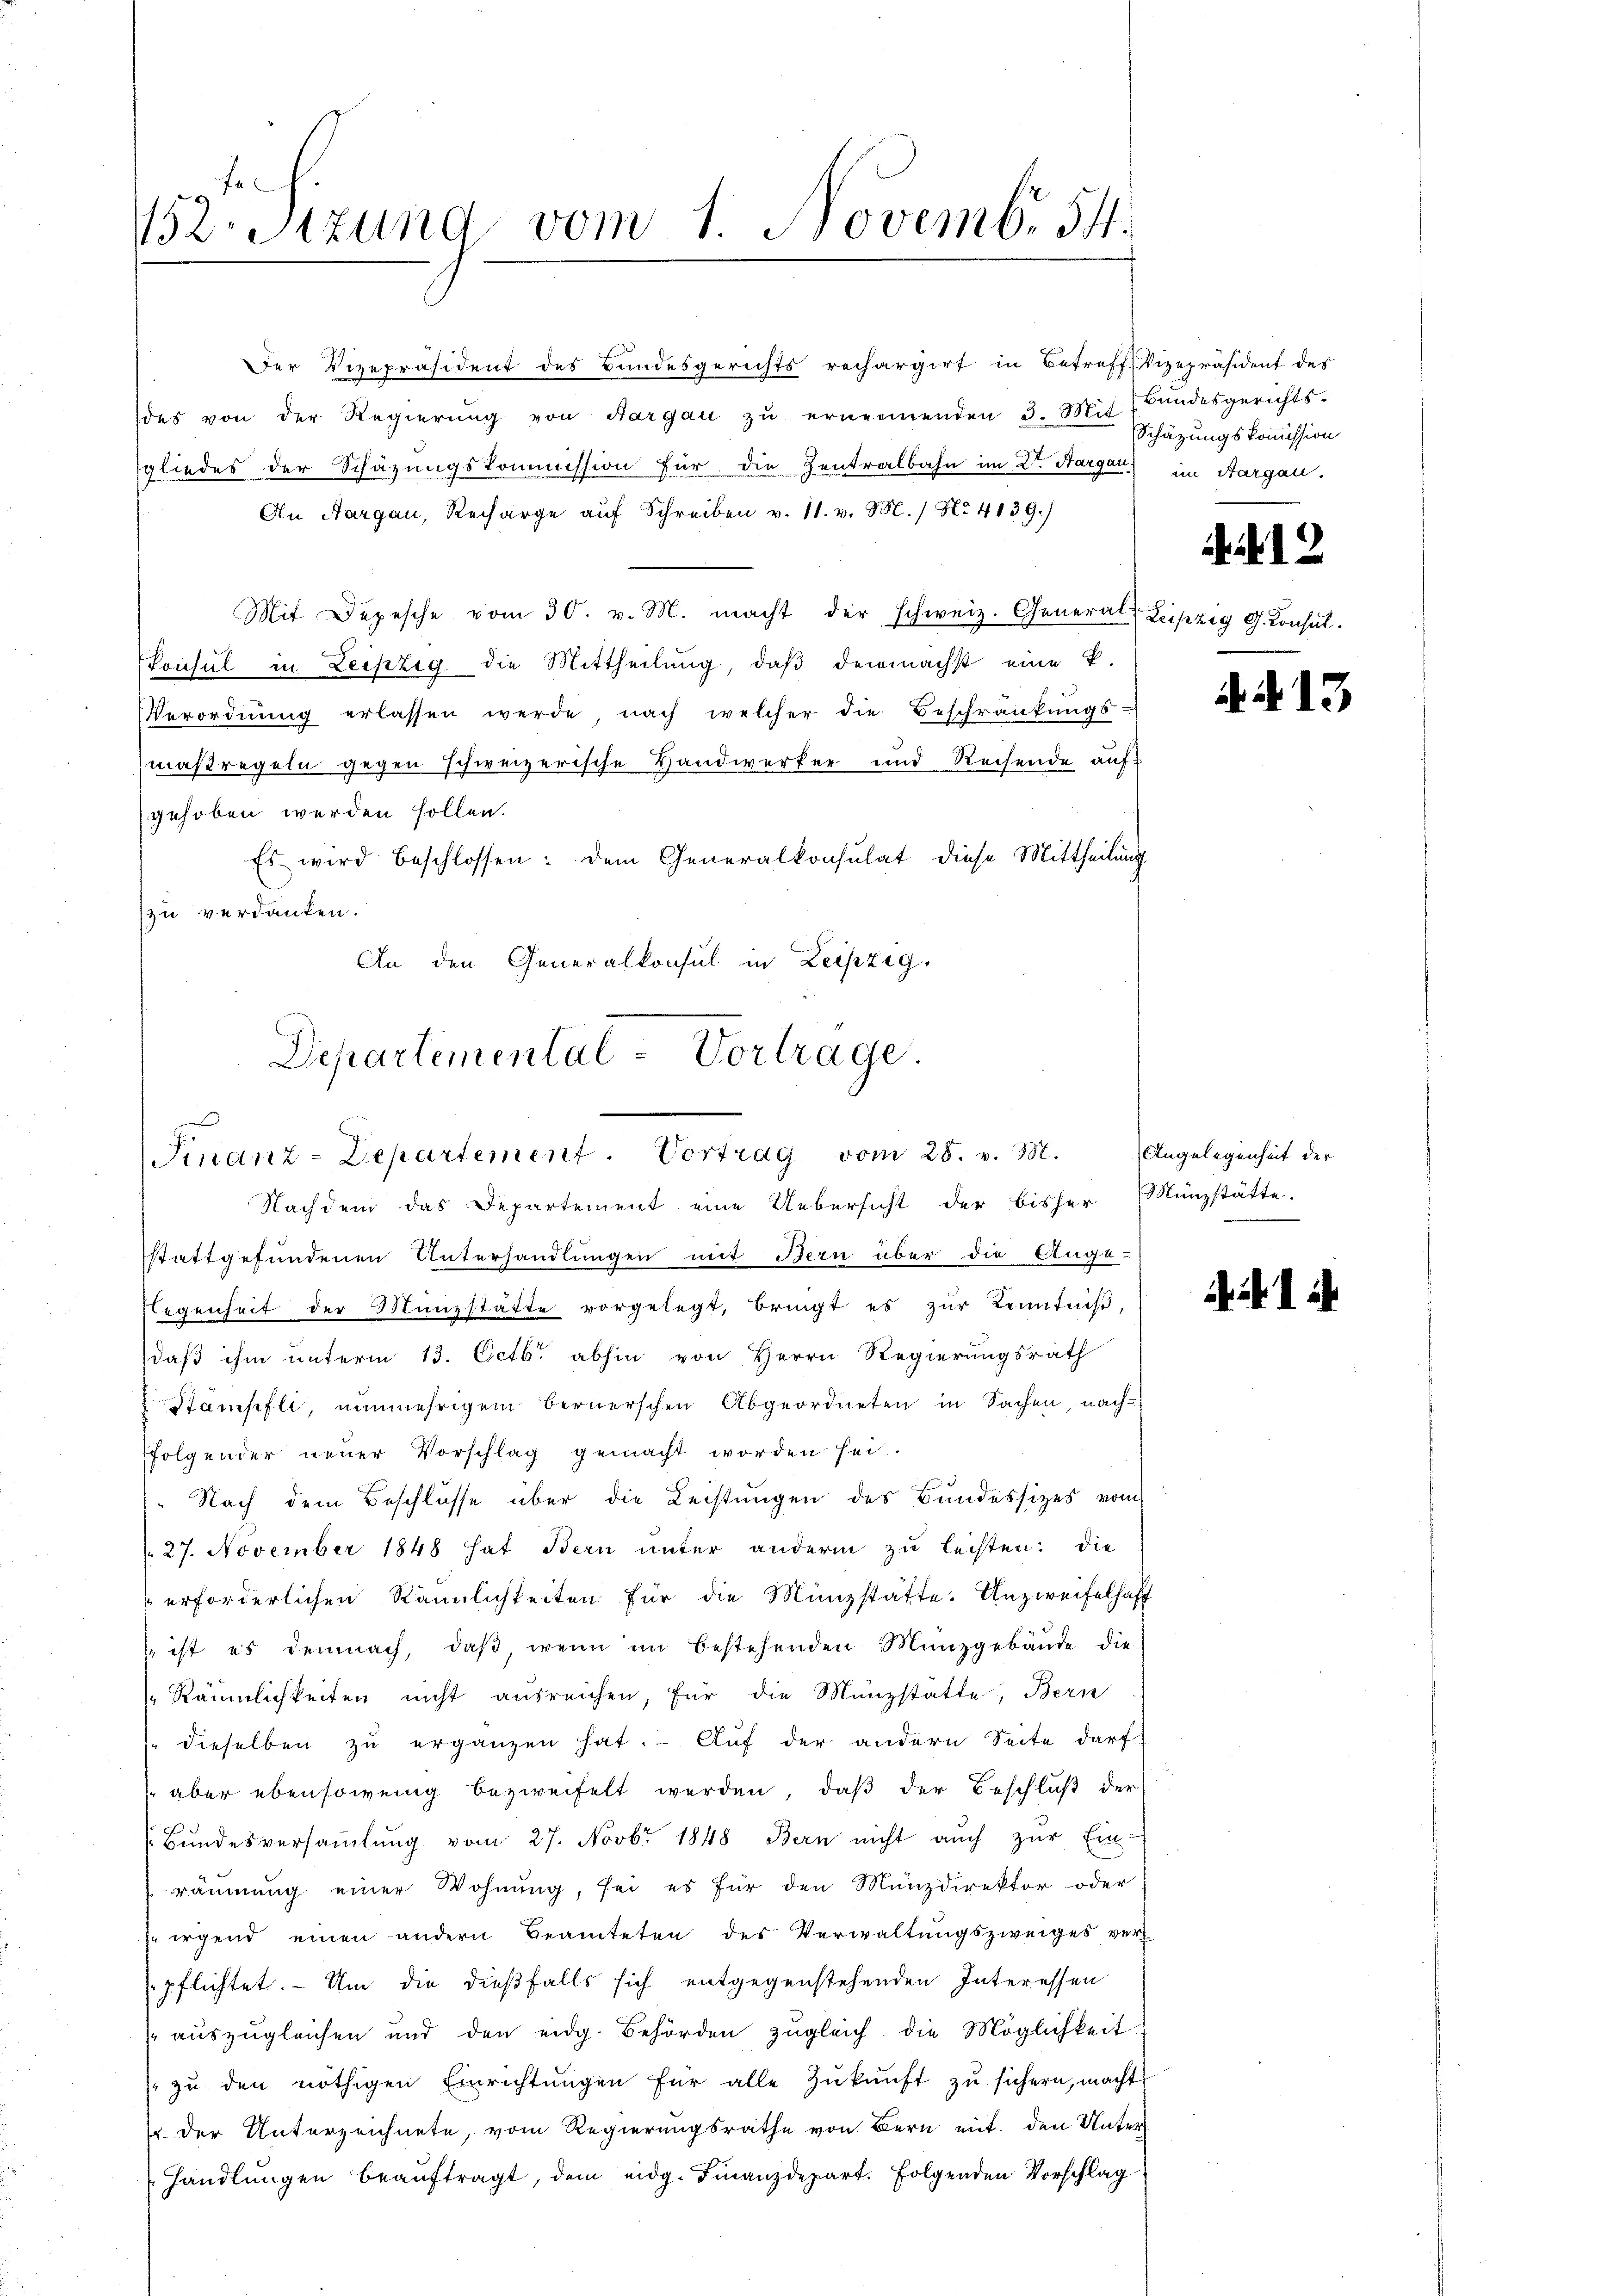
152. Sitzung vom 1. Novembr 54.

des von der Regierŭng von Aargau zŭ ernennenden 3. Mit Bundesgerichts-
sgliedes der Schazungskommission für die Zentralbahn im 2ten Hargau) im Aargau.
An Aargau, Recharge aŭf Schreiben v. 11. v. M.) No 4139)
Mit Depesche vom 30. v. M. macht der schweiz. General Leipzig G. Consul-
Konsul in Leipzig die Mittheilŭng, daβ demnächst eine k.
Verordnung erlassen werde nach welcher die Beschränkungs-
maßregeln gegen schweizerische Handwerker und Reisende auf
gehoben werden sollen.
Es wird beschlossen: dem Generalkonsulat diese Mittheilung
zu verdanken.
An den Generalkonsul in Leipzig,

sstattgefundenen Unterhandlungen mit Bern über die Ange-
Legenheit der Münzstätte vorgelegt, bringt es zur Kenntniß
daß ihm unterm 13. Octbr. abhin von Herrn Regierungsrath
Stämpfli, nunmehrigem Bernerschen Abgeordneten in Sachen, nach-
folgender neuer Vorschlag gemacht worden sei.
Nach dem Beschlüsse über die Leistungen des Bundessizes vom
 27. November 1848 hat Bern unter andern zu leisten: die
erforderlichen Räumlichkeiten für die Münzstatte. Unzweifelhaft
 ist es demnach, daβ, wenn im bestehenden Münzgebäŭde die-
Räumlichkeiten nicht ausreichen, für die Münzstatte, Bern
dieselben zu ergänzen hat. Auf der andern Seite darf
aber ebensowenig bezweifelt werden, daß der Beschluß der
Bundesversammlung vom 27. Novbr 1848 Bern nicht auch zur Ein-
räumung einer Wohnung, sei es für den Münzdirektor oder
 irgend einen andern Beamteten des Verwaltŭngszweiges ver
pflichtet. Um die dießfalls sich entgegenstehenden Interessen
sauszugleichen und den eidg. Behörden zŭgleich die Möglichkeit
zŭ den nöthigen Einrichtŭngen für alle Zŭkŭnft zu sichern, macht
 der Unterzeichnete, vom Regierungsrathe von Bern mit den Unter
handlungen beauftragt, dem eidg. Finanzdepart. Folgenden Vorschlag

Der Vizepräsident des Bundesgerichts rechargirt in Betreff Vizepräsident des

Departemental - Vortrage.

Finanz-Departement. Vortrag vom 28. v. M.
Nachdem das Departement eine Uebersicht der bisher Münzstätte.

Schätzungskommission

.12

A.N. 13

Angelegenheit der

. . .